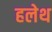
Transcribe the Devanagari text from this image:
हलेथ